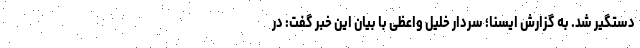
دستگیر شد. به گزارش ایسنا؛ سردار خلیل واعظی با بیان این خبر گفت: در